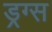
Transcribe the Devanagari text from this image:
ड्रग्‍स